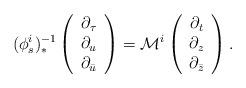
LaTeX: \begin{align*}(\phi_s^i)^{-1}_*\left( \begin{array}{c}\partial_{\tau}\\\partial_{u}\\\partial_{\bar{u}}\end{array} \right)=\mathcal{M}^i\left( \begin{array}{c}\partial_{t}\\\partial_{z}\\\partial_{\bar{z}}\end{array} \right).\end{align*}